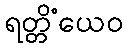
ရတ္တိံယေဝ